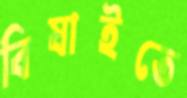
বিষাইতে